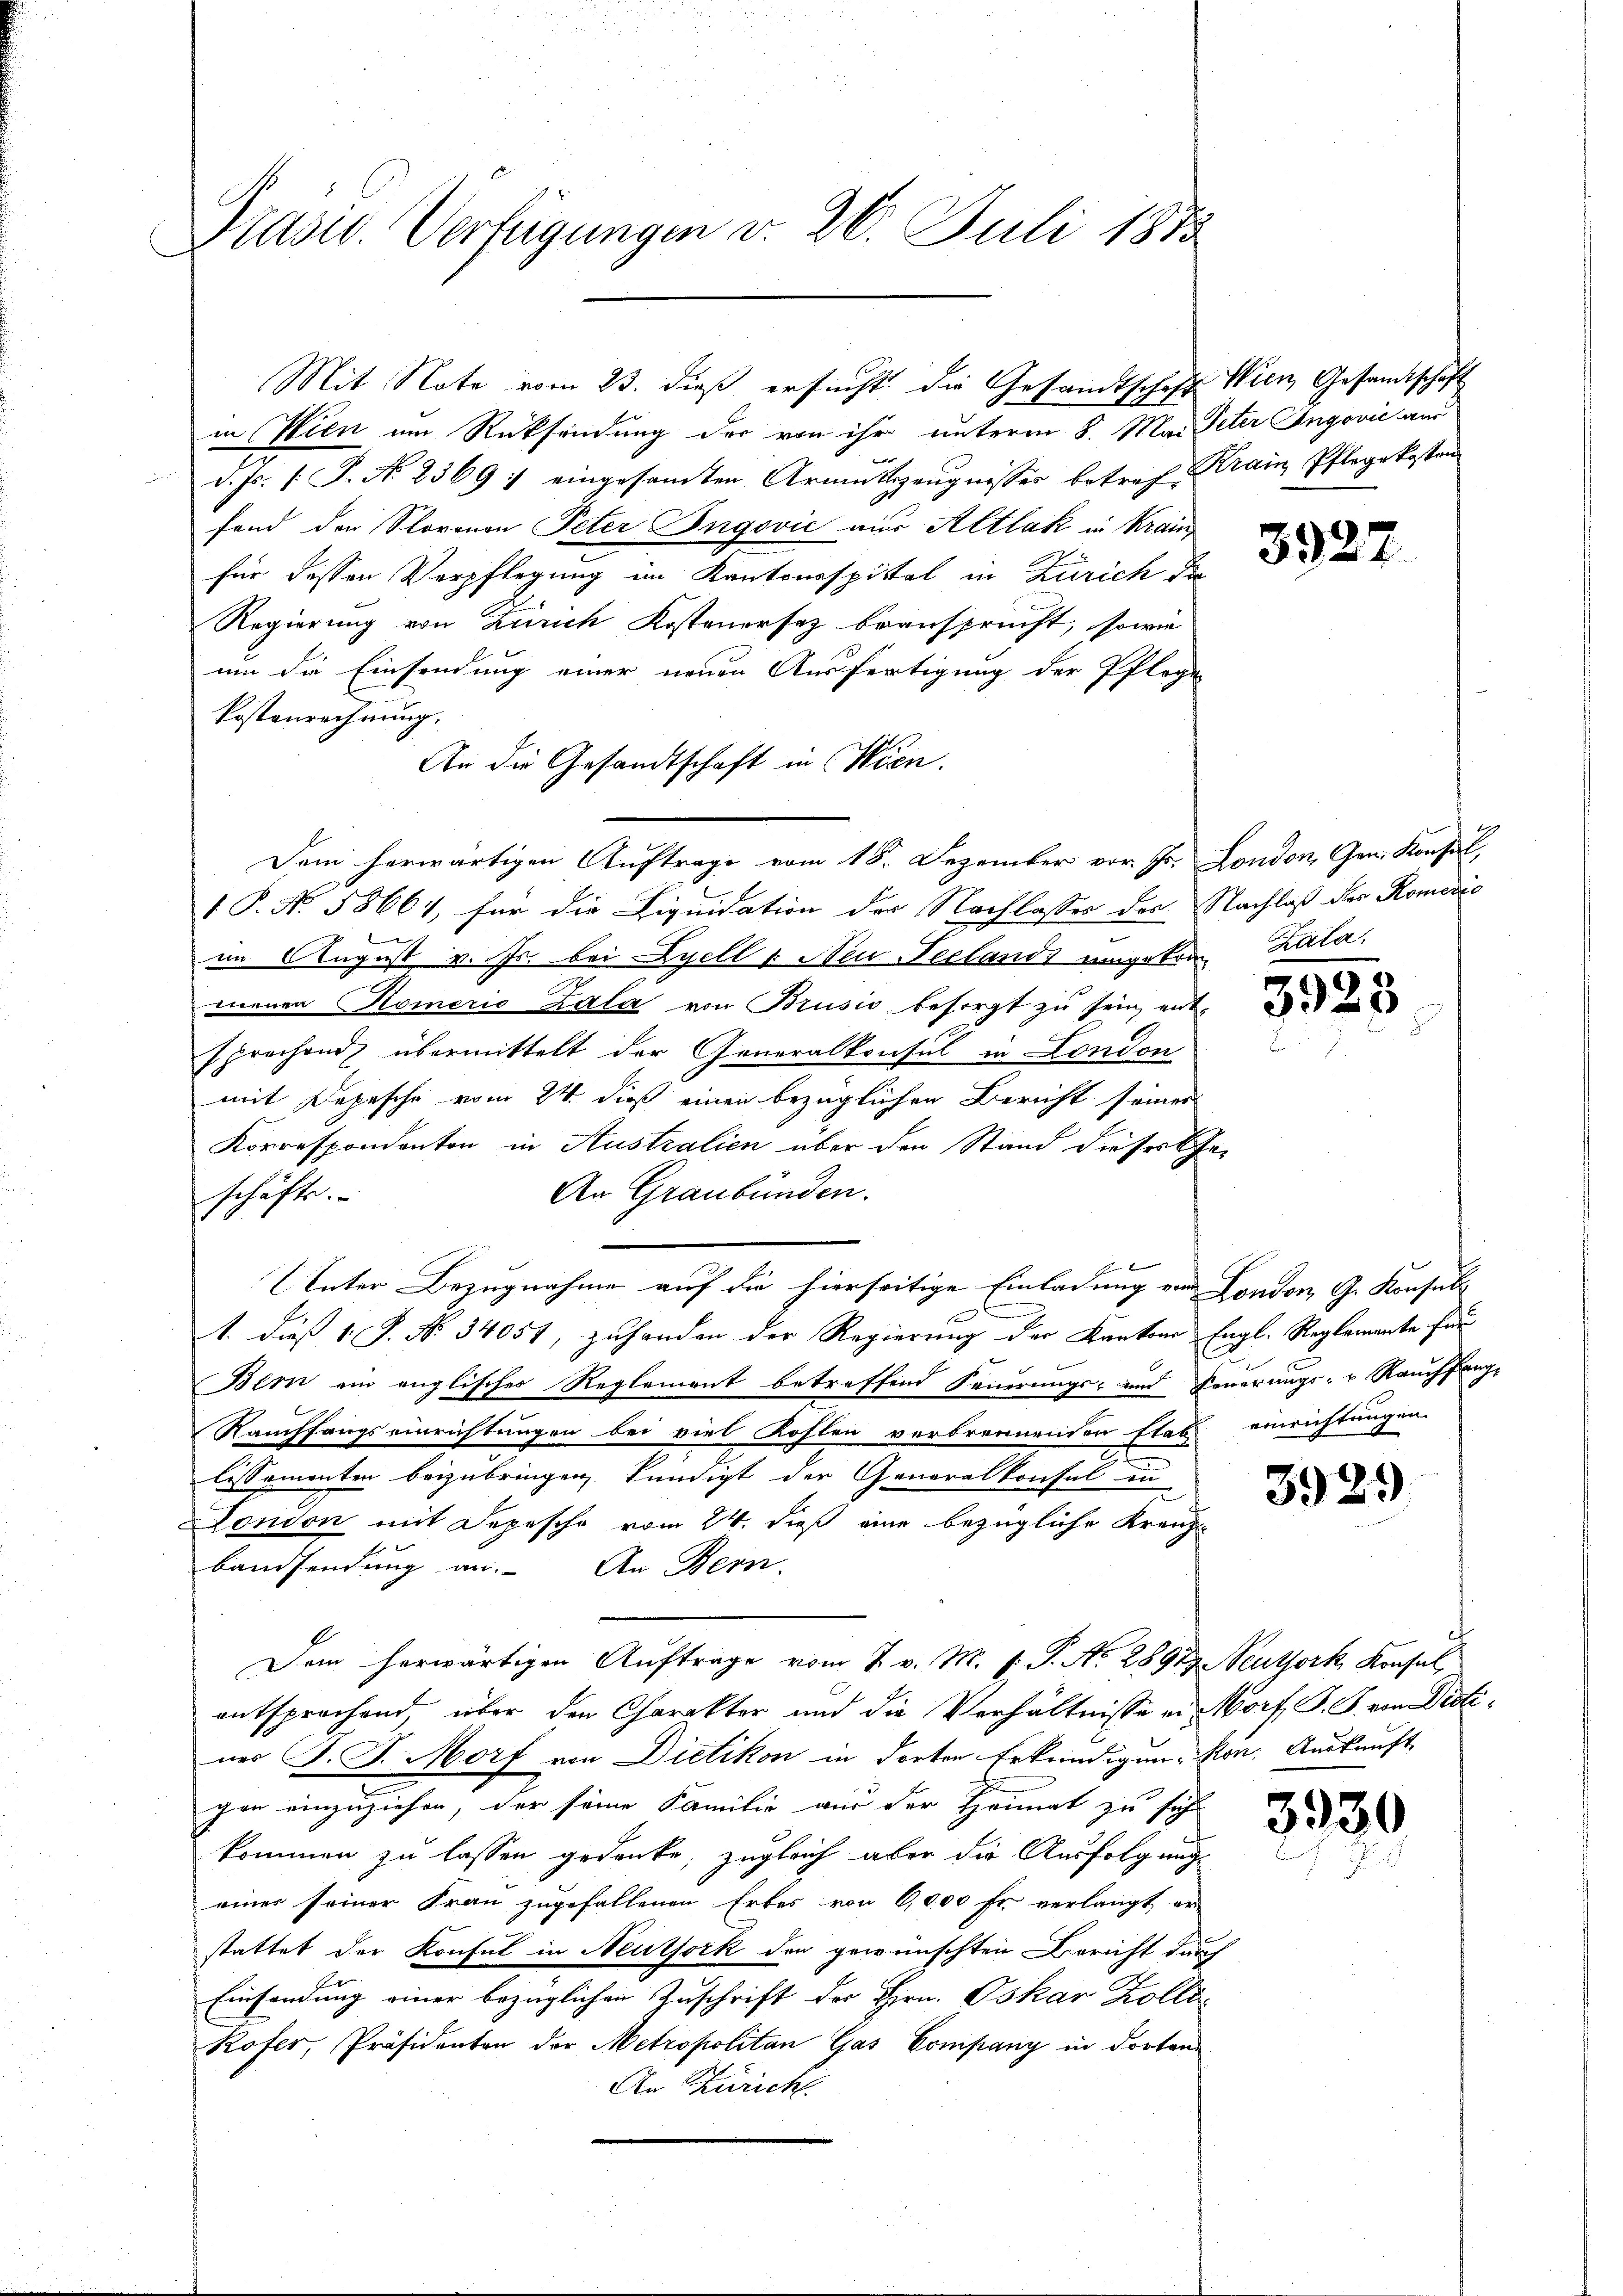
Drasw. Verfügungen v. 26. Juli 1873

in Wien um Rücksendung der von ihr unterm 8. Mai Peter Ingović aus
d. Js. /: P. Nr. 2369 : eingesamten Armutszeŭgnisser betref Krain Pflegekosten
fand der Storenen Peter Ingović aus Altlak in Krain
für dessen Verpflegung im Kantonsspittel in Zürich die
Regierung von Zürich Kostenersez beansprucht, sowie
um die Einsendung einer neuen Ausfertigung der Pflege
Postenrechnung.
Dem herwärtigen Auftrage vom 18. Dezember vor. Jr. London, Gen. Konsul
1 P. No. 58664, für die Liquidation der Nachlasses des Nachlaß des Romezić
im August v. Fr. bei Gyell u Neu Peclands umgekom Zala,
menen Komerio Zala von Brusio besorgt zu sein, ent-
sprechend übermittelt der Generalkonsul in London
mit Depesche vom 24. dieß einen bezüglichen Bericht seines
Korrespondanton in Australien über den Stand dieser Cha¬
An Graubünden.
schäfte.
Unter Bezugnahme auf die hierseitige Einladung von London, G. Konsul
1. dieß 1 P. Nr. 34051, zuhanden der Regierung der Kantons Engl. Reglemente für
Bern ein englisches Reglement betreffend Feuerungs- und Feuerungs- u. Rauchfang-
Rauchfangseinrichtungen bei viel Kosten verbrennenden Etat einrichtungen.
7
lissementen beizubringen kündigt der Generalkonsul in
London mit Depesche vom 24. dieß eine bezügliche Kranz-
bandsendung an. An Bern.
Dem herwärtigen Auftrage vom 7. v. M. P.P. No. 28979, Neuthork Konsul,
entsprechend, über den Charakter und die Verhältnisse ein Morf S. G. von Distiner J. J. Morf von Dietikon in dorten Erkundigung von Auskauft,
gen einzuziehen, der seine Familie aus der Heimat zu sehr
kommen zu lassen gedenke, zugleich aber die Ausfolgung
einer seiner Frau zugefallenen Erbes von 6,000 Fr. verlangt er-
stattet der Konsul in Neuthork den gewünschten Bericht durch
Einsendung einer bezüglichen Zuschrift der Hrn. Oskar Zolli¬
Rofer, Präsidenten der Metropolitan Gas Company in dorten
An Zürich

An die Gesandtschaft in Wien.

Mit Note vom 23. dieß ersucht die Gesandtschaft Wien Gesandtschaft

3927

3923

3929

3930